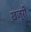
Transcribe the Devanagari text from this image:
ख़जूरी